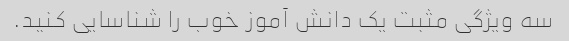
سه ویژگی مثبت یک دانش آموز خوب را شناسایی کنید.